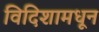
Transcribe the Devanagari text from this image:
विदिशामधून